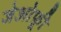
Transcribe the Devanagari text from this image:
जेओफ़्री